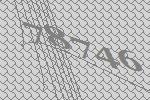
78746